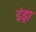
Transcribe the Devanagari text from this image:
इंड्रा